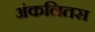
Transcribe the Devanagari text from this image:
अंकलितस